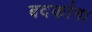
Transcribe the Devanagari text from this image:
बदकांना